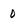
Character: 0